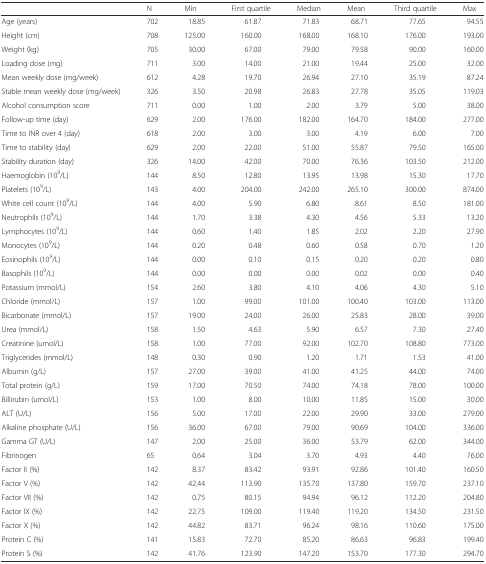
<table><thead><tr><td>[EMPTY_CELL]</td><td><b>N</b></td><td><b>Min</b></td><td><b>First quartile</b></td><td><b>Median</b></td><td><b>Mean</b></td><td><b>Third quartile</b></td><td><b>Max</b></td></tr></thead><tbody><tr><td>Age (years)</td><td>702</td><td>18.85</td><td>61.87</td><td>71.83</td><td>68.71</td><td>77.65</td><td>94.55</td></tr><tr><td>Height (cm)</td><td>708</td><td>125.00</td><td>160.00</td><td>168.00</td><td>168.10</td><td>176.00</td><td>193.00</td></tr><tr><td>Weight (kg)</td><td>705</td><td>30.00</td><td>67.00</td><td>79.00</td><td>79.58</td><td>90.00</td><td>160.00</td></tr><tr><td>Loading dose (mg)</td><td>711</td><td>3.00</td><td>14.00</td><td>21.00</td><td>19.44</td><td>25.00</td><td>32.00</td></tr><tr><td>Mean weekly dose (mg/week)</td><td>612</td><td>4.28</td><td>19.70</td><td>26.94</td><td>27.10</td><td>35.19</td><td>87.24</td></tr><tr><td>Stable mean weekly dose (mg/week)</td><td>326</td><td>3.50</td><td>20.98</td><td>26.83</td><td>27.78</td><td>35.05</td><td>119.03</td></tr><tr><td>Alcohol consumption score</td><td>711</td><td>0.00</td><td>1.00</td><td>2.00</td><td>3.79</td><td>5.00</td><td>38.00</td></tr><tr><td>Follow-up time (day)</td><td>629</td><td>2.00</td><td>176.00</td><td>182.00</td><td>164.70</td><td>184.00</td><td>277.00</td></tr><tr><td>Time to INR over 4 (day)</td><td>618</td><td>2.00</td><td>3.00</td><td>3.00</td><td>4.19</td><td>6.00</td><td>7.00</td></tr><tr><td>Time to stability (day)</td><td>629</td><td>2.00</td><td>22.00</td><td>51.00</td><td>55.87</td><td>79.50</td><td>165.00</td></tr><tr><td>Stability duration (day)</td><td>326</td><td>14.00</td><td>42.00</td><td>70.00</td><td>76.36</td><td>103.50</td><td>212.00</td></tr><tr><td>Haemoglobin (10<sup>9</sup>/L)</td><td>144</td><td>8.50</td><td>12.80</td><td>13.95</td><td>13.98</td><td>15.30</td><td>17.70</td></tr><tr><td>Platelets (10<sup>9</sup>/L)</td><td>143</td><td>4.00</td><td>204.00</td><td>242.00</td><td>265.10</td><td>300.00</td><td>874.00</td></tr><tr><td>White cell count (10<sup>9</sup>/L)</td><td>144</td><td>4.00</td><td>5.90</td><td>6.80</td><td>8.61</td><td>8.50</td><td>181.00</td></tr><tr><td>Neutrophils (10<sup>9</sup>/L)</td><td>144</td><td>1.70</td><td>3.38</td><td>4.30</td><td>4.56</td><td>5.33</td><td>13.20</td></tr><tr><td>Lymphocytes (10<sup>9</sup>/L)</td><td>144</td><td>0.60</td><td>1.40</td><td>1.85</td><td>2.02</td><td>2.20</td><td>27.90</td></tr><tr><td>Monocytes (10<sup>9</sup>/L)</td><td>144</td><td>0.20</td><td>0.48</td><td>0.60</td><td>0.58</td><td>0.70</td><td>1.20</td></tr><tr><td>Eosinophils (10<sup>9</sup>/L)</td><td>144</td><td>0.00</td><td>0.10</td><td>0.15</td><td>0.20</td><td>0.20</td><td>0.80</td></tr><tr><td>Basophils (10<sup>9</sup>/L)</td><td>144</td><td>0.00</td><td>0.00</td><td>0.00</td><td>0.02</td><td>0.00</td><td>0.40</td></tr><tr><td>Potassium (mmol/L)</td><td>154</td><td>2.60</td><td>3.80</td><td>4.10</td><td>4.06</td><td>4.30</td><td>5.10</td></tr><tr><td>Chloride (mmol/L)</td><td>157</td><td>1.00</td><td>99.00</td><td>101.00</td><td>100.40</td><td>103.00</td><td>113.00</td></tr><tr><td>Bicarbonate (mmol/L)</td><td>157</td><td>19.00</td><td>24.00</td><td>26.00</td><td>25.83</td><td>28.00</td><td>39.00</td></tr><tr><td>Urea (mmol/L)</td><td>158</td><td>1.50</td><td>4.63</td><td>5.90</td><td>6.57</td><td>7.30</td><td>27.40</td></tr><tr><td>Creatinine (umol/L)</td><td>158</td><td>1.00</td><td>77.00</td><td>92.00</td><td>102.70</td><td>108.80</td><td>773.00</td></tr><tr><td>Triglycerides (mmol/L)</td><td>148</td><td>0.30</td><td>0.90</td><td>1.20</td><td>1.71</td><td>1.53</td><td>41.00</td></tr><tr><td>Albumin (g/L)</td><td>157</td><td>27.00</td><td>39.00</td><td>41.00</td><td>41.25</td><td>44.00</td><td>74.00</td></tr><tr><td>Total protein (g/L)</td><td>159</td><td>17.00</td><td>70.50</td><td>74.00</td><td>74.18</td><td>78.00</td><td>100.00</td></tr><tr><td>Billirubin (umol/L)</td><td>153</td><td>1.00</td><td>8.00</td><td>10.00</td><td>11.85</td><td>15.00</td><td>30.00</td></tr><tr><td>ALT (U/L)</td><td>156</td><td>5.00</td><td>17.00</td><td>22.00</td><td>29.90</td><td>33.00</td><td>279.00</td></tr><tr><td>Alkaline phosphate (U/L)</td><td>156</td><td>36.00</td><td>67.00</td><td>79.00</td><td>90.69</td><td>104.00</td><td>336.00</td></tr><tr><td>Gamma GT (U/L)</td><td>147</td><td>2.00</td><td>25.00</td><td>36.00</td><td>53.79</td><td>62.00</td><td>344.00</td></tr><tr><td>Fibrinogen</td><td>65</td><td>0.64</td><td>3.04</td><td>3.70</td><td>4.93</td><td>4.40</td><td>76.00</td></tr><tr><td>Factor II (%)</td><td>142</td><td>8.37</td><td>83.42</td><td>93.91</td><td>92.86</td><td>101.40</td><td>160.50</td></tr><tr><td>Factor V (%)</td><td>142</td><td>42.44</td><td>113.90</td><td>135.70</td><td>137.80</td><td>159.70</td><td>237.10</td></tr><tr><td>Factor VII (%)</td><td>142</td><td>0.75</td><td>80.15</td><td>94.94</td><td>96.12</td><td>112.20</td><td>204.80</td></tr><tr><td>Factor IX (%)</td><td>142</td><td>22.75</td><td>109.00</td><td>119.40</td><td>119.20</td><td>134.50</td><td>231.50</td></tr><tr><td>Factor X (%)</td><td>142</td><td>44.82</td><td>83.71</td><td>96.24</td><td>98.16</td><td>110.60</td><td>175.00</td></tr><tr><td>Protein C (%)</td><td>141</td><td>15.83</td><td>72.70</td><td>85.20</td><td>86.63</td><td>96.83</td><td>199.40</td></tr><tr><td>Protein S (%)</td><td>142</td><td>41.76</td><td>123.90</td><td>147.20</td><td>153.70</td><td>177.30</td><td>294.70</td></tr></tbody></table>